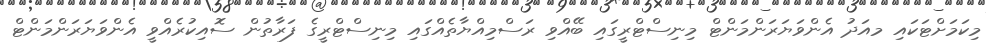
މިކަމަށްޓަކައި މއަދު އެންވަޔަރަންމަންޓް މިނިސްޓްރީގައި ބޭއްވި ރަސްމިއްޔާތެއްގައި މިނިސްޓްރީގެ ފަރާތުން ސޮއިކުރެއްވީ އެންވަޔަރަންމަންޓް